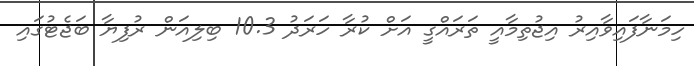
ހިމަނާފައިވާއިރު އިޖުތިމާއީ ތަރައްގީ އަށް ކުރާ ހަރަދު 10.3 ބިލިއަން ރުފިޔާ ބަޖެޓުގައި